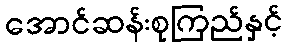
အောင်ဆန်းစုကြည်နှင့်